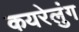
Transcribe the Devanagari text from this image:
कयरेलुंग